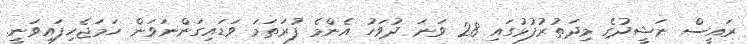
ރައީސް ނަޝީދުގެ މިދަތުރުފުޅުގައި 28 ވަނަ ދުވަހު އެންމެ ފުރަތަމަ ވަޑައިގަންނަވަން ހަމަޖެހިފައިވަނީ.